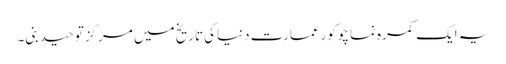
یہ ایک کمرہ نماچوکورعمارت دنیاکی تاریخ میں مرکزتوحیدبنی۔